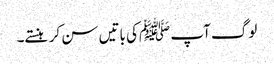
لوگ آپ ﷺکی باتیں سن کر ہنستے۔